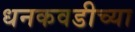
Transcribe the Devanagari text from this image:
धनकवडीच्या